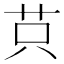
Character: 𦭜